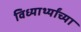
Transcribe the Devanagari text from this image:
विध्यार्थ्यांच्या